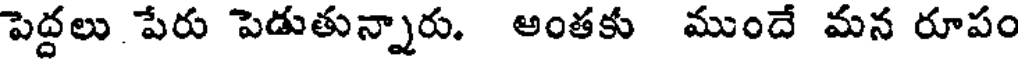
పెద్దలు. పేరు పెడుతున్నారు. అంతకు ముందే మన రూపం